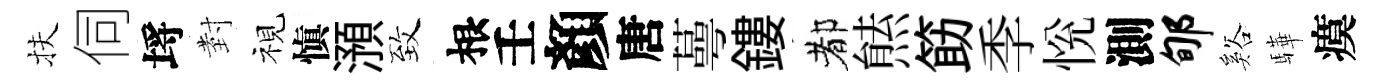
扶伺埓𭔹視愼澦致根壬顏唐蕚鏤都㷱筯季恱測郇谿驊瘼